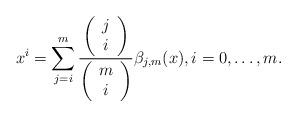
LaTeX: \begin{align*} x^i=\displaystyle{\sum_{j=i}^{m} \frac{\left(\begin{array}{c} j \\ i\end{array}\right)}{\left(\begin{array}{c} m \\ i\end{array}\right)} \beta_{j,m}(x)},i=0,\dots,m.\end{align*}